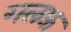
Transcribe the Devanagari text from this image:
गलफ़